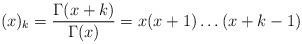
LaTeX: \begin{align*}(x)_k = \frac{\Gamma(x+k)}{\Gamma(x)} = x(x+1)\dots(x+k-1)\end{align*}